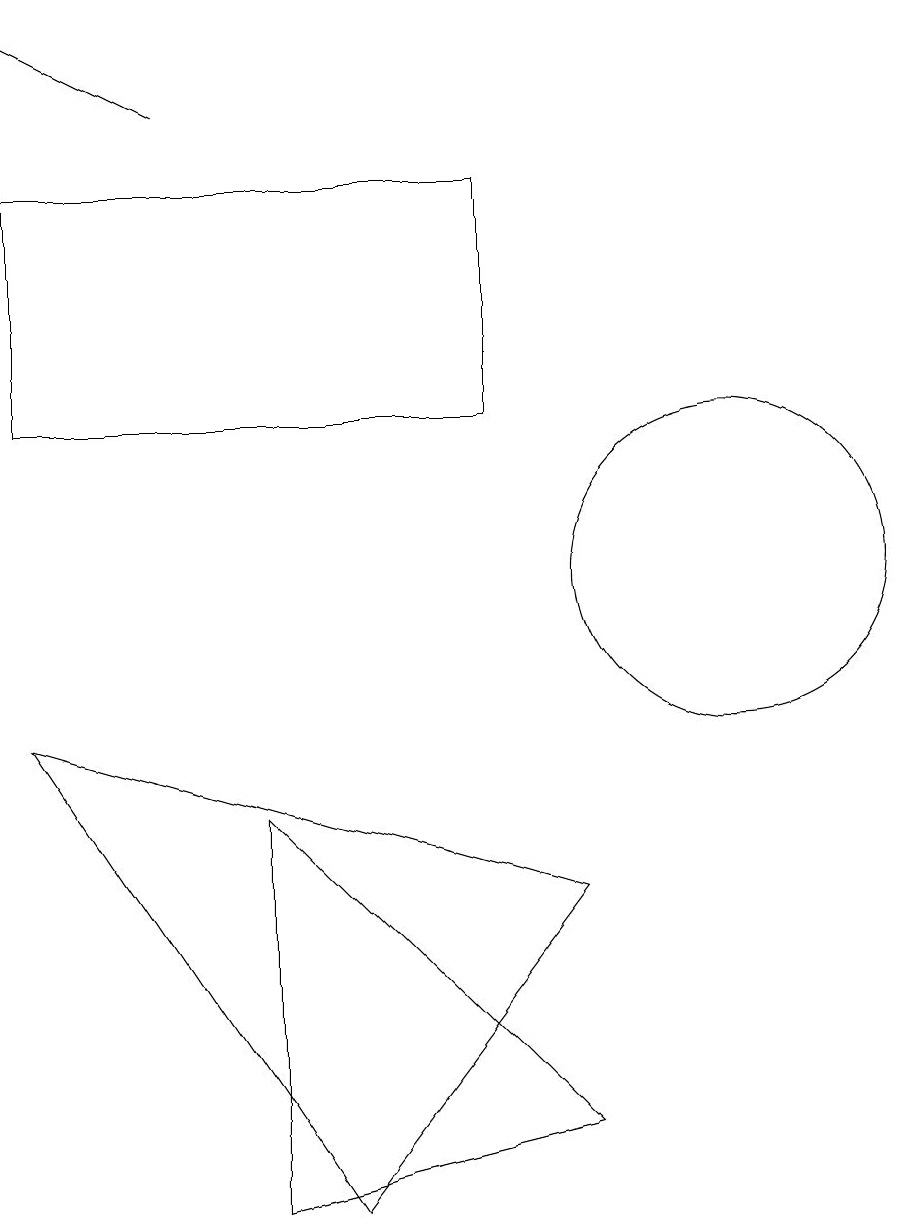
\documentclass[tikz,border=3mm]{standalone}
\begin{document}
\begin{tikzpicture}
\draw (7,12) rectangle (1,15);
\draw (4,2) -- (4,7) -- (8,3) -- cycle;
\draw (1,8) -- (5,2) -- (8,6) -- cycle;
\draw (10,10) circle (2);
\draw[->] (3,16) -- (1,17);
\draw (11,12) circle (0);
\draw (12,11) circle (0);
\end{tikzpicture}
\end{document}